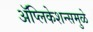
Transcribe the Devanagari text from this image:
अॅप्लिकेशन्समुळे